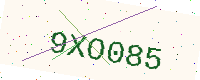
Text: 9XO085